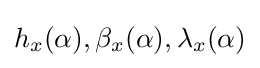
h_{x}(\alpha ),\beta _{x}(\alpha ),\lambda _{x}(\alpha )